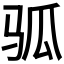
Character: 𬳷